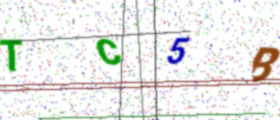
Text: TC5B